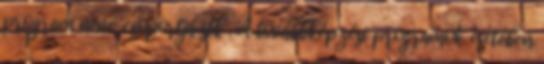
program neve, csoportja stb . A továbbképzési programok esetében